Report of the Indian Hemp Drugs Commission, 1894-1895 - Volume IV
Year: 1894
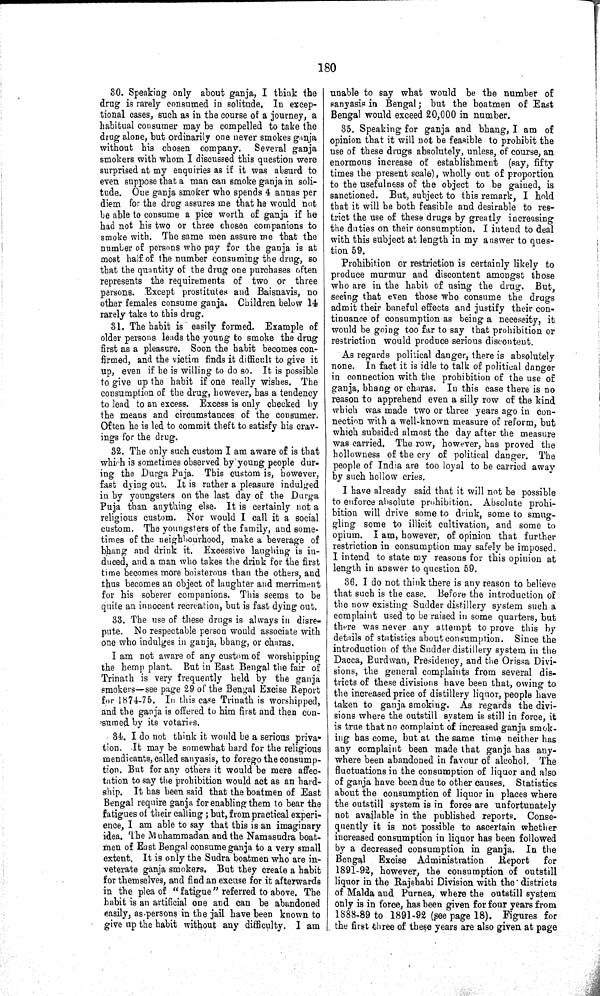
180
30. Speaking only about ganja, I think the
drug is rarely consumed in solitude. In excep¬
tional cases, such as in the course of a journey, a
habitual consumer may be compelled to take the
drug alone, but ordinarily one never smokes ganja
without his chosen company. Several ganja
smokers with whom I discussed this question were
surprised at my enquiries as if it was absurd to
even suppose that a man can smoke ganja in soli¬
tude. One ganja smoker who spends 4 annas per
diem for the drug assures me that he would not
be able to consume a pice worth of ganja if he
had not his two or three chosen companions to
smoke with. The same men assure me that the
number of persons who pay for the ganja is at
most half of the number consuming the drug, so
that the quantity of the drug one purchases often
represents the requirements of two or three
persons. Except prostitutes and Baisnavis, no
other females consume ganja. Children below 14
rarely take to this drug.
31. The habit is easily formed. Example of
older persons leads the young to smoke the drug
first as a pleasure. Soon the habit becomes con¬
firmed, and the victim finds it difficult to give it
up, even if he is willing to do so. It is possible
to give up the habit if one really wishes. The
consumption of the drug, however, has a tendency
to lead to an excess. Excess is only checked by
the means and circumstances of the consumer.
Often he is led to commit theft to satisfy his crav¬
ings for the drug.
32. The only such custom I am aware of is that
which is sometimes observed by young people dur-
ing the Durga Puja. This custom is, however,
fast dying out. It is rather a pleasure indulged
in by youngsters on the last day of the Durga
Puja than anything else. It is certainly not a
religious custom. Nor would I call it a social
custom. The youngsters of the family, and some¬
times of the neighbourhood, make a beverage of
bhang and drink it. Excessive laughing is in¬
duced, and a man who takes the drink for the first
time becomes more boisterous than the others, and
thus becomes an object of laughter and merriment
for his soberer companions. This seems to be
quite an innocent recreation, but is fast dying out.
33. The use of these drugs is always in disre¬
pute. No respectable person would associate with
one who indulges in ganja, bhang, or charas.
I am not aware of any custom of worshipping
the hemp plant. But in East Bengal the fair of
Trinath is very frequently held by the ganja
smokers—see page 29 of the Bengal Excise Report
for 1874-75. In this case Trinath is worshipped,
and the ganja is offered to him first and then con¬
sumed by its votaries.
34. I do not think it would be a serious priva¬
tion. It may be somewhat hard for the religious
mendicants, called sanyasis, to forego the consump¬
tion. But for any others it would be mere affec¬
tation to say the prohibition would act as an hard¬
ship. It has been said that the boatmen of East
Bengal require ganja for enabling them to bear the
fatigues of their calling; but, from practical experi¬
ence, I am able to say that this is an imaginary
idea. The Muhammadan and the Namasudra boat¬
men of East Bengal consume ganja to a very small
extent. It is only the Sudra boatmen who are in¬
veterate ganja smokers. But they create a habit
for themselves, and find an excuse for it afterwards
in the plea of "fatigue" referred to above. The
habit is an artificial one and can be abandoned
easily, as persons in the jail have been known to
give up the habit without any difficulty. I am
unable to say what would be the number of
sanyasis in Bengal; but the boatmen of East
Bengal would exceed 20,000 in number.
35. Speaking for ganja and bhang, I am of
opinion that it will not be feasible to prohibit the
use of these drugs absolutely, unless, of course, an
enormous increase of establishment (say, fifty
times the present scale), wholly out of proportion
to the usefulness of the object to be gained, is
sanctioned. But, subject to this remark, I hold
that it will be both feasible and desirable to res¬
trict the use of these drugs by greatly increasing
the duties on their consumption. I intend to deal
with this subject at length in my answer to ques¬
tion 59.
Prohibition or restriction is certainly likely to
produce murmur and discontent amongst those
who are in the habit of using the drug. But,
seeing that even those who consume the drugs
admit their baneful effects and justify their con¬
tinuance of consumption as being a necessity, it
would be going too far to say that prohibition or
restriction would produce serious discontent.
As regards political danger, there is absolutely
none. In fact it is idle to talk of political danger
in connection with the prohibition of the use of
ganja, bhang or charas. In this case there is no
reason to apprehend even a silly row of the kind
which was made two or three years ago in con¬
nection with a well-known measure of reform, but
which subsided almost the day after the measure
was carried. The row, however, has proved the
hollowness of the cry of political danger. The
people of India are too loyal to be carried away
by such hollow cries.
I have already said that it will not be possible
to enforce absolute prohibition. Absolute prohi¬
bition will drive some to drink, some to smug¬
gling some to illicit cultivation, and some to
opium. I am, however, of opinion that further
restriction in consumption may safely be imposed.
I intend to state my reasons for this opinion at
length in answer to question 59.
36. I do not think there is any reason to believe
that such is the case. Before the introduction of
the now existing Sudder distillery system such a
complaint used to be raised in some quarters, but
there was never any attempt to prove this by
details of statistics about consumption. Since the
introduction of the Sudder distillery system in the
Dacca, Burdwan, Presidency, and the Orissa Divi¬
sions, the general complaints from several dis¬
tricts of these divisions have been that, owing to
the increased price of distillery liquor, people have
taken to ganja smoking. As regards the divi¬
sions where the outstill system is still in force, it
is true that no complaint of increased ganja smok¬
ing has come, but at the same time neither has
any complaint been made that ganja has any¬
where been abandoned in favour of alcohol. The
fluctuations in the consumption of liquor and also
of ganja have been due to other causes. Statistics
about the consumption of liquor in places where
the outstill system is in force are unfortunately
not available in the published reports. Conse¬
quently it is not possible to ascertain whether
increased consumption in liquor has been followed
by a decreased consumption in ganja. In the
Bengal Excise Administration
Report
for
1891-92, however, the consumption of outstill
liquor in the Rajshahi Division with the districts
of Malda and Purnea, where the outstill system
only is in force, has been given for four years from
1888-89 to 1891-92 (see page 18). Figures for
the first three of these years are also given at page